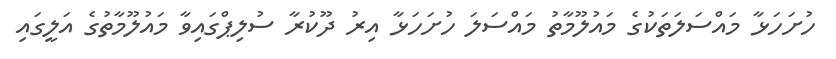
ހުށަހަޅާ މައްސަލަތަކުގެ މައުލޫމާތު މައްސަލަ ހުށަހަޅާ އިރު ދޫކުރާ ސުލިޕްގައިވާ މައުލޫމާތުގެ އަލީގައި